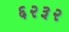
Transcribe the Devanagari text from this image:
६२३२